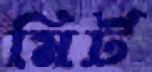
মির্ট